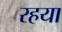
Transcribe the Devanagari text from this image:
रहया